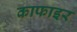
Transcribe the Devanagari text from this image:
काफाइर